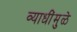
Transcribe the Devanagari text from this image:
व्याधींमुळे